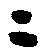
ニ